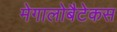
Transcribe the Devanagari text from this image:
मेगालोबैटेकस